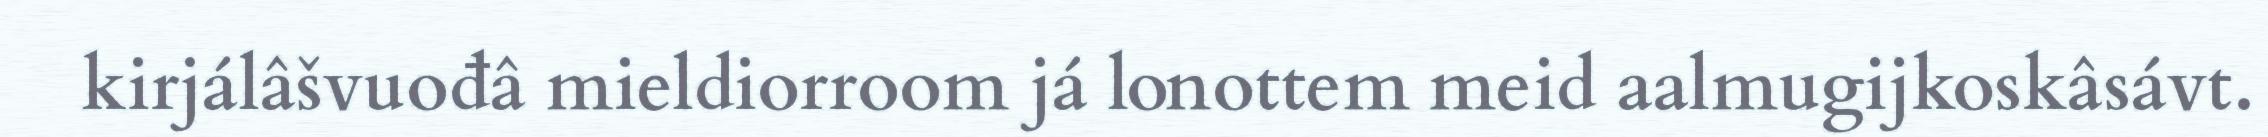
kirjálâšvuođâ mieldiorroom já lonottem meid aalmugijkoskâsávt.